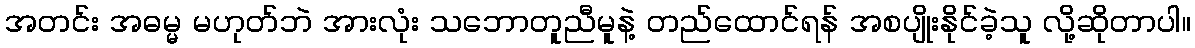
အတင်း အဓမ္မ မဟုတ်ဘဲ အားလုံး သဘောတူညီမူနဲ့ တည်ထောင်ရန် အစပျိုးနိုင်ခဲ့သူ လို့ဆိုတာပါ။